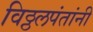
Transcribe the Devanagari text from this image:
विठ्ठलपंतांनी